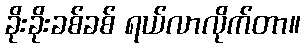
ခိုးခိုးခစ်ခစ် ရယ်လာလိုက်တာ။